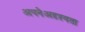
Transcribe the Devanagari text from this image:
अपनेअदृश्यता